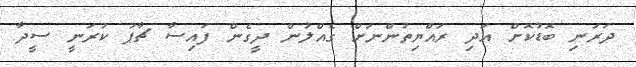
ދަރަނި ބޮޑުކޮށް އަދި ރައްޔިތުންނަށް ގެއްލުން ދީގެން ފައިސާ ޗާޕު ކުރަނީ ސީދާ